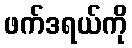
ဖက်ဒရယ်ကို